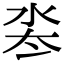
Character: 𬇜